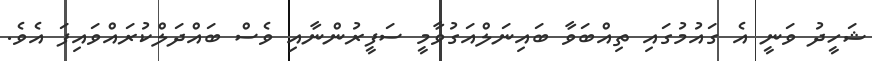
ޝަހީދު ވަނީ އެ ގައުމުގައި ތިއްބަވާ ބައިނަލްއަގުވާމީ ސަފީރުންނާއި ވެސް ބައްދަލްކުރައްވައިފަ އެވެ.